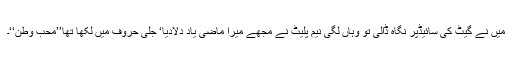
میں نے گیٹ کی سائیڈپر نگاہ ڈالی تو وہاں لگی نیم پلیٹ نے مجھے میرا ماضی یاد دلادیا‘ جلی حروف میں لکھا تھا’’محب وطن‘‘۔